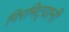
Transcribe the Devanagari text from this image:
गिरमिट्यानी